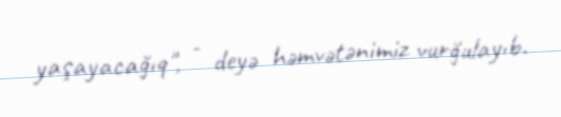
yaşayacağıq", - deyə həmvətənimiz vurğulayıb.